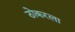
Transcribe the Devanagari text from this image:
ठोकरला